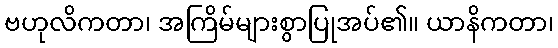
ဗဟုလိကတာ၊ အကြိမ်များစွာပြုအပ်၏။ ယာနိကတာ၊